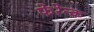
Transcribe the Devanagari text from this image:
फेरेन्क